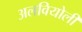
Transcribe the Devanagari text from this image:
अलवियोली